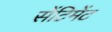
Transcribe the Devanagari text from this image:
सेंटिमेंट